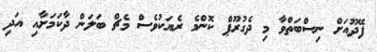
ފޭދޫއަށް ނިސްބަތްވާ މި ދެގުރޫޕް ކޮންމެ ރެޔަކުވެސް މެޗް ބަލަން ދާކަމަށާއި އަދި